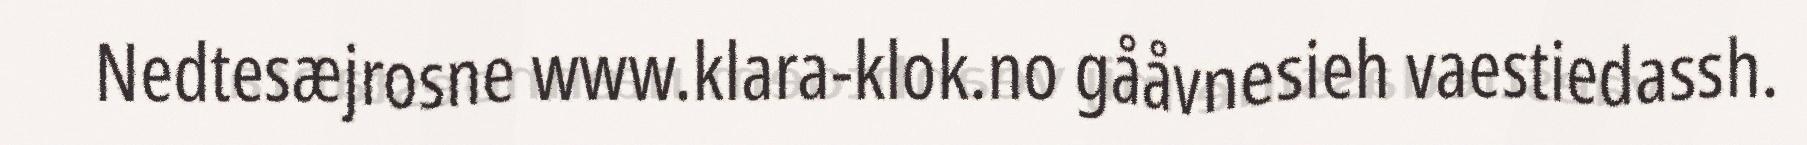
Nedtesæjrosne www.klara-klok.no gååvnesieh vaestiedassh.